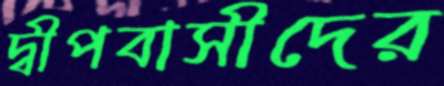
দ্বীপবাসীদের